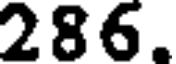
286.